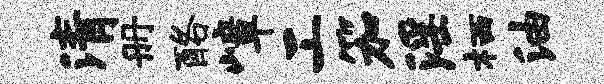
清册酪嶂工笳淫栖油